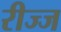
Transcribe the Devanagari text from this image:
रीज्ज